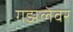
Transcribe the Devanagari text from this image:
गझलेवर